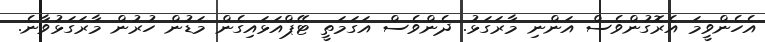
އެހެންވީމަ އެރޮގުންވެސް އަންނި މާރަގަޅު. ދެންވެސް އަގަމަތީ ޓޭޕްއަަޅައިގެން މަޑުން ހުރުން މާރަގަޅުވާނެ.